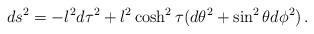
LaTeX: \begin{align*}ds^2 = -l^2d\tau^2 + l^2\cosh^2\tau (d\theta^2 + \sin^2\theta d\phi^2)\,. \end{align*}